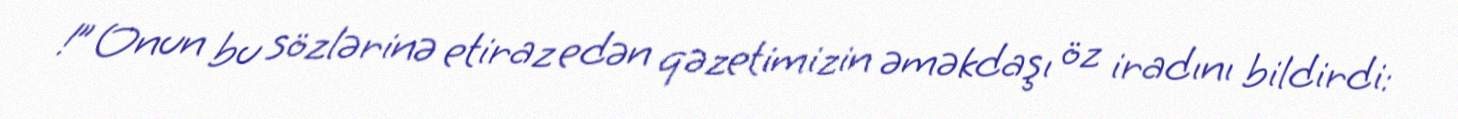
!” Onun bu sözlərinə etiraz edən qəzetimizin əməkdaşı öz iradını bildirdi: